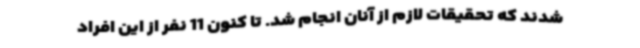
شدند که تحقیقات لازم از آنان انجام شد. تا کنون 11 نفر از این افراد